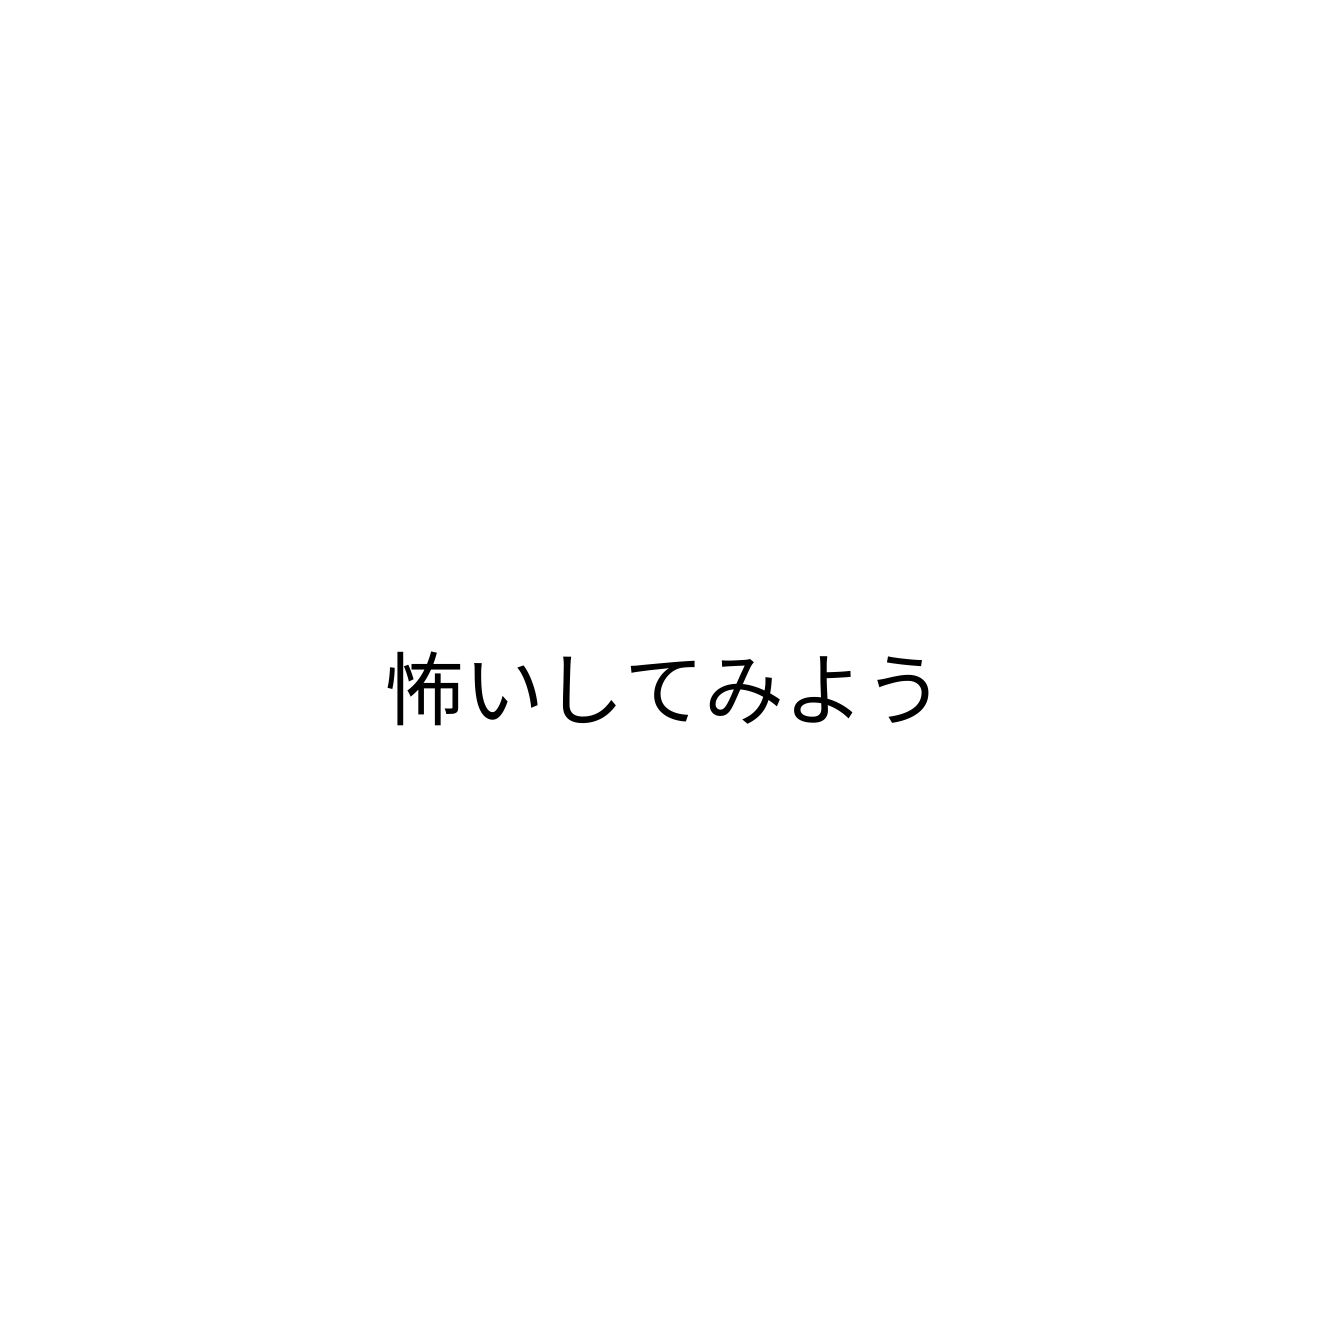
怖いしてみよう